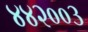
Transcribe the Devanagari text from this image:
४४२००३